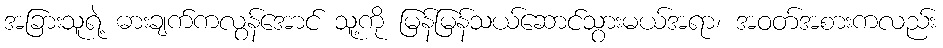
အခြားသူရဲ့ ဓားချက်ကလွန်အောင် သူ့ကို မြန်မြန်သယ်ဆောင်သွားမယ်အရာ၊ အဝတ်အစားကလည်း